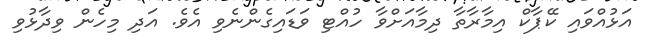
އަޅުއްވައި ކޭޕާކް އިމާރާތާ ދިމާއަށްވާ ހުއްޓި ވަޑައިގެންނެވި އެވެ. އަދި މިހެން ވިދާޅުވި